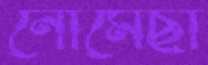
নোমেছা